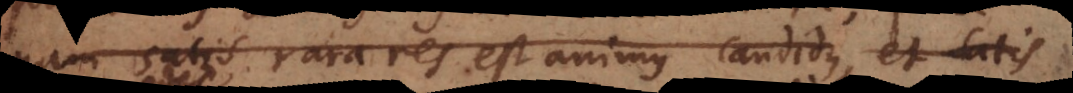
nam satis rara est amicus candidus, et satis